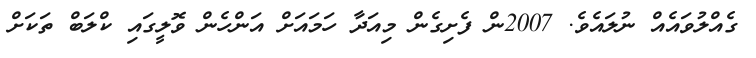
ގެއްލުވައެއް ނުލައެވެ. 2007ން ފެށިގެން މިއަދާ ހަމައަށް އަންހެން ވޮލީގައި ކްލަބް ތަކަށް